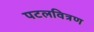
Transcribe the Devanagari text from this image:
पटलवित्रण